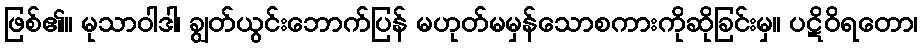
ဖြစ်၏။ မုသာဝါဒါ၊ ချွတ်ယွင်းဘောက်ပြန် မဟုတ်မမှန်သောစကားကိုဆိုခြင်းမှ။ ပဋိဝိရတော၊